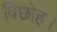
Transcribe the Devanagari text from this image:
विछोह।